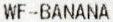
WF-BANANA